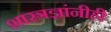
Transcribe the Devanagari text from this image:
शास्त्रज्ञांनीही